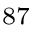
^ { 8 7 }